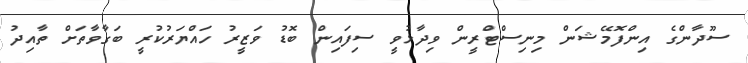
ސޫދާންގެ އިންފޮމޭޝަން މިނިސްޓްރީން ވިދާޅުވީ ސިފައިން ބޮޑު ވަޒީރު ހައްޔަރުކުރީ ބަގާވާތަށް ތާއިދު